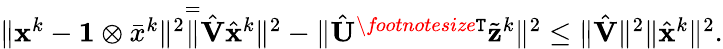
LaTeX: \begin{array}{r}{\| {\mathbf{x}}^{k}-\mathbf{1}\otimes\bar{x}^{k}\| ^{2}\overset{=}\| \hat{{\mathbf{V}}}\hat{{\mathbf{x}}}^{k}\| ^{2}-\| \hat{{\mathbf{U}}}^{\textit{\footnotesize\texttt{T}}}\tilde{{\mathbf{z}}}^{k}\| ^{2}\leq\| \hat{{\mathbf{V}}}\| ^{2}\| \hat{{\mathbf{x}}}^{k}\| ^{2}.}\end{array}